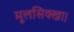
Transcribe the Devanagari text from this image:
मूलसिक्खा।